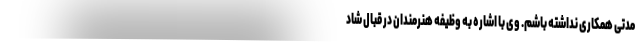
مدتی همکاری نداشته باشم. وی با اشاره به وظیفه هنرمندان در قبال شاد